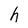
Character: h